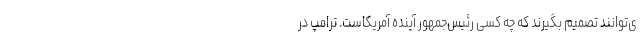
ی‌توانند تصمیم بگیرند که چه کسی رئیس‌جمهور آینده آمریکاست. ترامپ در